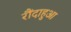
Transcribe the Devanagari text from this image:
रौंदाहुआ